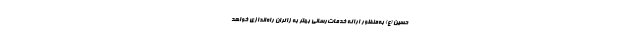
حسین (ع) به‌منظور ارائه خدمات‌رسانی بهتر به زائران راه‌اندازی خواهد